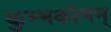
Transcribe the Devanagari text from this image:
कुम्भकोणम्